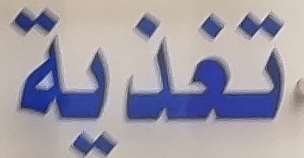
تغذية